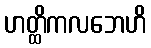
ဟတ္ထိကလဘေဟိ